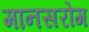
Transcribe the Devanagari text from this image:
मानसरोग